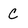
Character: C